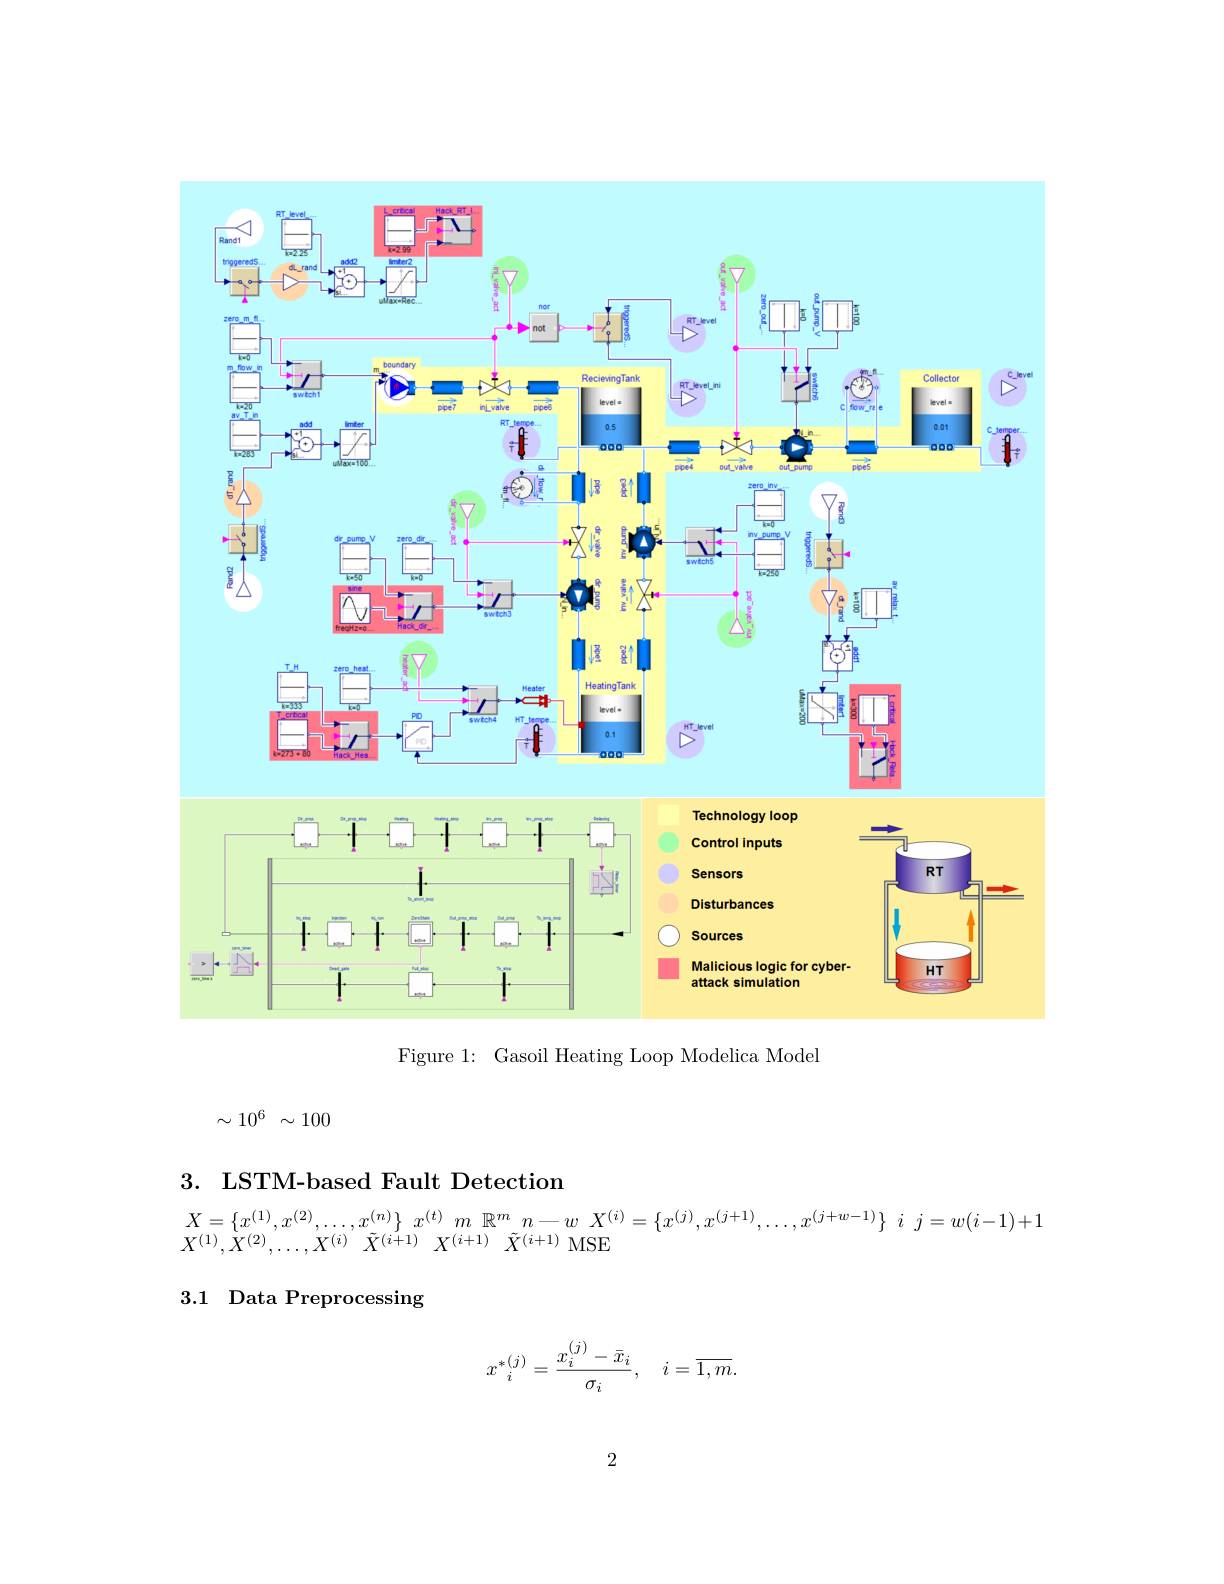
<FigureHere>

Figure 1: Gasoil Heating Loop Modelica Model
$$\begin{matrix}\sim10^6&\sim100\end{matrix}$$
## 3. LSTM-based Fault Detection
$$\begin{matrix}X=\{x^{(1)},x^{(2)},\ldots,x^{(n)}\}&x^{(t)}&m&\mathbb{R}^m&n-w&X^{(i)}=\{x^{(j)},x^{(j+1)},\ldots,x^{(j+w-1)}\}&i&j=w(i-1)+1\\X^{(1)},X^{(2)},\ldots,X^{(i)}&\tilde{X}^{(i+1)}&X^{(i+1)}&\tilde{X}^{(i+1)}&\text{MSE}\end{matrix}$$
## 3.1 Data Preprocessing
$$x_i^{*(j)}=\frac{x_i^{(j)}-\bar{x}_i}{\sigma_i},\quad i=\overline{1,m}.$$
2